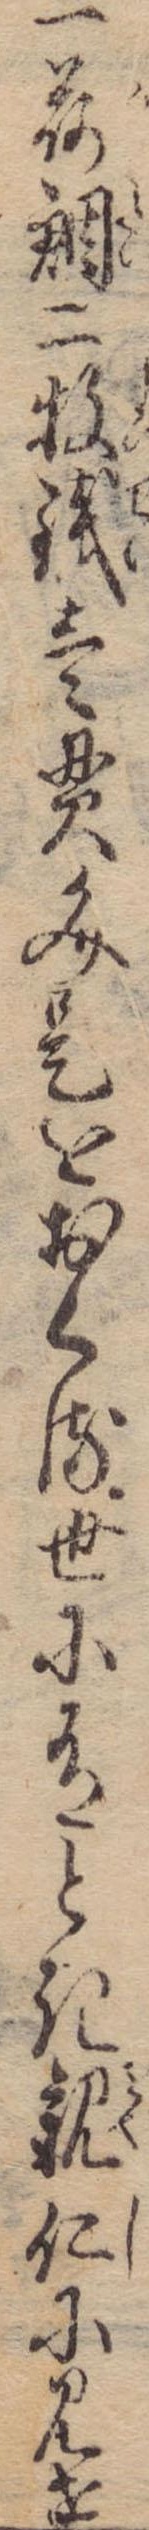
一荷鯛二牧銭壱貫文是をおくる世に有とき親仁に見せ